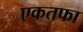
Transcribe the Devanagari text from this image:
एकतफा